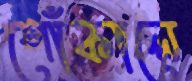
শোঁকালে